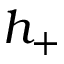
h _ { + }